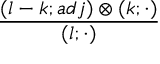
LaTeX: { \frac { ( l - k ; a d j ) \otimes ( k ; \cdot ) } { ( l ; \cdot ) } }